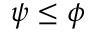
\psi \le \phi